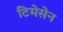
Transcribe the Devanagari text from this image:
टिमेसेन